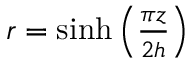
\begin{array} { r } { r = \sinh \left( \frac { \pi z } { 2 h } \right) } \end{array}